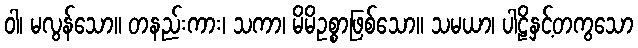
ဝါ၊ မလွန်သော။ တနည်းကား၊ သကာ၊ မိမိဥစ္စာဖြစ်သော။ သမယာ၊ ပါဠိနှင့်တကွသော